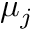
\mu _ { j }